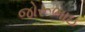
જોરૂભાઇ